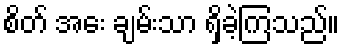
စိတ် အေး ချမ်းသာ ရှိခဲ့ကြသည်။